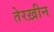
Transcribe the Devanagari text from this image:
तेरख़ीन